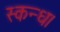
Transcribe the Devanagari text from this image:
स्कन्ध।